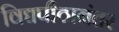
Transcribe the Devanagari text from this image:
विद्यपीठानंतर